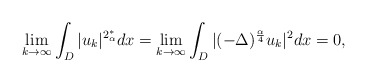
\begin{align*}\lim\limits_{k \to \infty} \int_{D} |u_k|^{2_{\alpha}^*} dx= \lim\limits_{k \to \infty} \int_D |(-\Delta)^{\frac{\alpha}{4}} u_k|^2dx = 0 ,\end{align*}